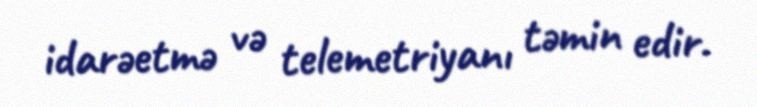
idarəetmə və telemetriyanı təmin edir.